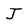
Character: J